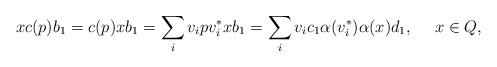
LaTeX: \begin{align*}xc(p)b_1=c(p)xb_1=\sum_iv_ipv_i^*xb_1=\sum_i v_ic_1\alpha(v_i^*)\alpha(x)d_1,\ \ \ \ x\in Q,\end{align*}